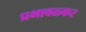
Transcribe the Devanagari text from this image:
प्रभावळ्कर